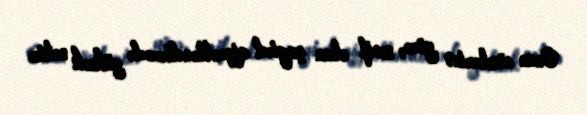
Onun sözlərinə görə, zəif olan şagird qiymətləndirmədə yüksək nəticə